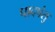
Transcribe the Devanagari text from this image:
पादपंसु